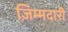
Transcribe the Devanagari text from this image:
ज़िम्मदारी